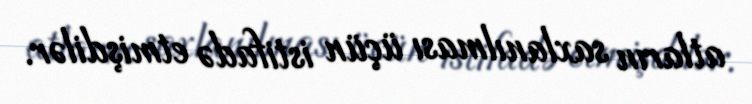
atların saxlanılması üçün istifadə etmişdilər.